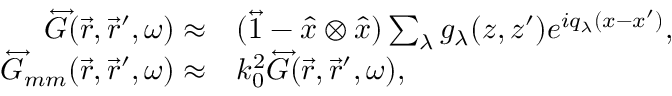
\begin{array} { r l } { \overleftrightarrow { G } ( \vec { r } , \vec { r } ^ { \prime } , \omega ) \approx } & { ( \overleftrightarrow { 1 } - \hat { x } \otimes \hat { x } ) \sum _ { \lambda } g _ { \lambda } ( z , z ^ { \prime } ) e ^ { i q _ { \lambda } ( x - x ^ { \prime } ) } , } \\ { \overleftrightarrow { G } _ { m m } ( \vec { r } , \vec { r } ^ { \prime } , \omega ) \approx } & { k _ { 0 } ^ { 2 } \overleftrightarrow { G } ( \vec { r } , \vec { r } ^ { \prime } , \omega ) , } \end{array}